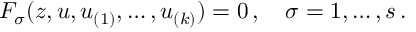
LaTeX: F _ { \sigma } ( z , u , u _ { ( 1 ) } , \ldots , u _ { ( k ) } ) = 0 \, , \quad \sigma = 1 , \ldots { } , s \, .